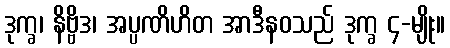
ဒုက္ခ၊ နိဗ္ဗိဒ၊ အပ္ပဏိဟိတ အာဒီနဝသည် ဒုက္ခ ၄-မျိုး။